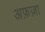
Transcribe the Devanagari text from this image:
अफ़ज़ा